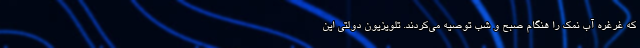
که غرغره آب نمک را هنگام صبح و شب توصیه می‌کردند. تلویزیون دولتی این